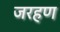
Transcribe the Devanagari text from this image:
जरहण